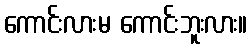
ကောင်းလားမ ကောင်းဘူးလား။